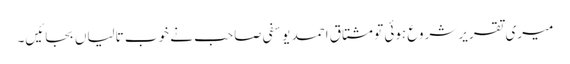
میری تقریر شروع ہوئی تو مشتاق احمد یوسفی صاحب نے خوب تالیاں بجائیں۔